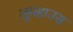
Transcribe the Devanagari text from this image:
लूमहाउस